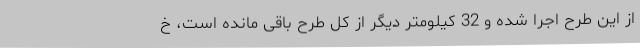
از این طرح اجرا شده و 32 کیلومتر دیگر از کل طرح باقی مانده است، خ